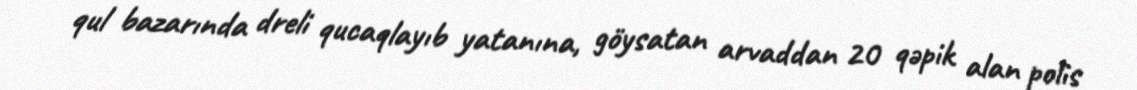
qul bazarında dreli qucaqlayıb yatanına, göysatan arvaddan 20 qəpik alan polis